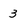
Character: 3